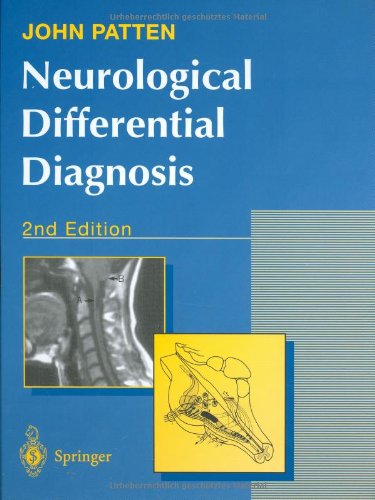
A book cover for Neurological Differential Diagnosis; John P. Patten; Engineering & Transportation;